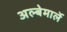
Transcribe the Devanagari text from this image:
अल्बेमार्ले